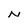
Character: N